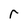
Character: r